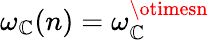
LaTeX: \omega_{\mathbb{C}}(n)=\omega_{\mathbb{C}}^{\otimesn}